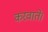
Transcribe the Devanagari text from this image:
करवाते।